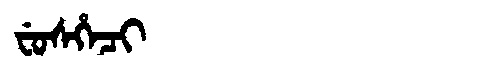
Manchu: ᠸᡠᠰᡥᡝᠴᡳ
Romanization: FUSHECI